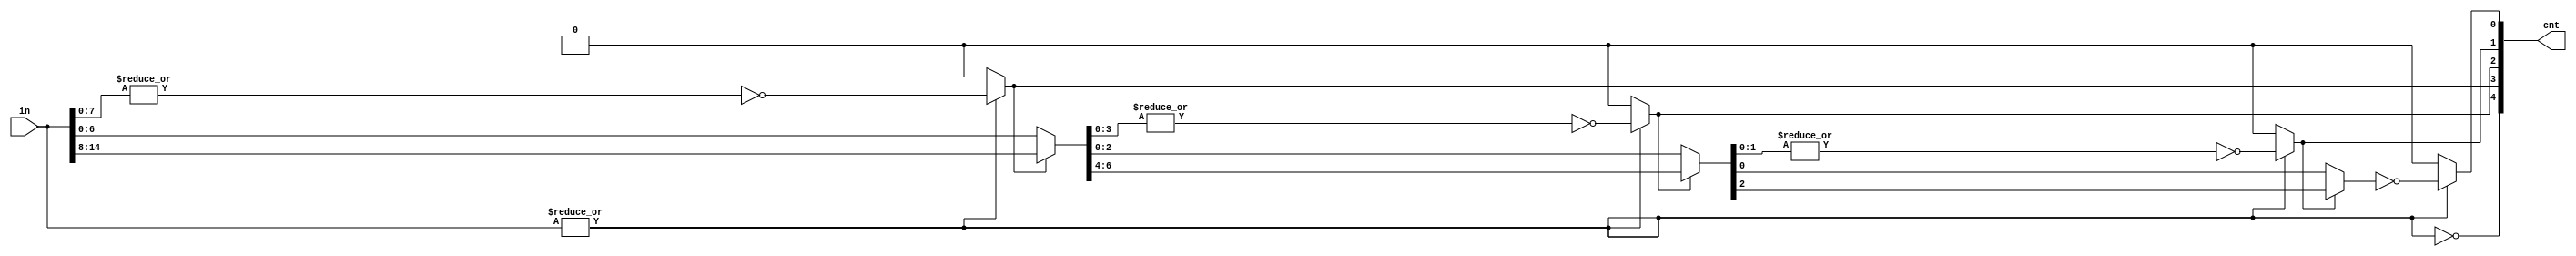
module leading_zero_one_cnt #(  parameter DATA_WIDTH    = 16,
                                parameter COUNT_ZERO    = 1)
(
    input   [DATA_WIDTH         -1:0]    in,
    output  [$clog2(DATA_WIDTH)   :0]    cnt
);

    localparam  CNT_BIT = $clog2(DATA_WIDTH)+1;

    wire    [DATA_WIDTH -1:0]   stages[CNT_BIT-2:0];
    
    assign  stages  [CNT_BIT-2] = in;
    generate
        genvar i;
        
        if (COUNT_ZERO)
            assign  cnt[CNT_BIT-1]  = ~(|in);
        else
            assign  cnt[CNT_BIT-1]  =   &in;

        for (i=CNT_BIT-2; i>=0; i=i-1) begin: gen_cnt
            if (COUNT_ZERO)
                assign  cnt[i]  = cnt[CNT_BIT-1] ? 1'b0 : ~(|stages[i][0+:1<<i]);
            else
                assign  cnt[i]  = cnt[CNT_BIT-1] ? 1'b0 :   &stages[i][0+:1<<i];
        end
        
        for (i=CNT_BIT-3; i>=0; i=i-1) begin: gen_stage
            assign  stages[i][0+:1<<(i+1)]   = cnt[i+1] ? stages[i+1][1<<(i+1)+:1<<(i+1)] : stages[i+1][0+:1<<(i+1)];
        end
    endgenerate
endmodule